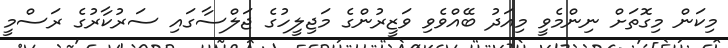
މިކަން މިގޮތަށް ނިންމެވީ މިއަދު ބޭއްވެވި ވަޒީރުންގެ މަޖިލީހުގެ ޖަލްސާގައި ސަރުކާރުގެ ރަސްމީ